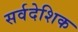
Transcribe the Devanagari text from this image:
सर्वदेशिक